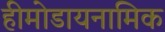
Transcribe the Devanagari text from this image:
हीमोडायनामिक